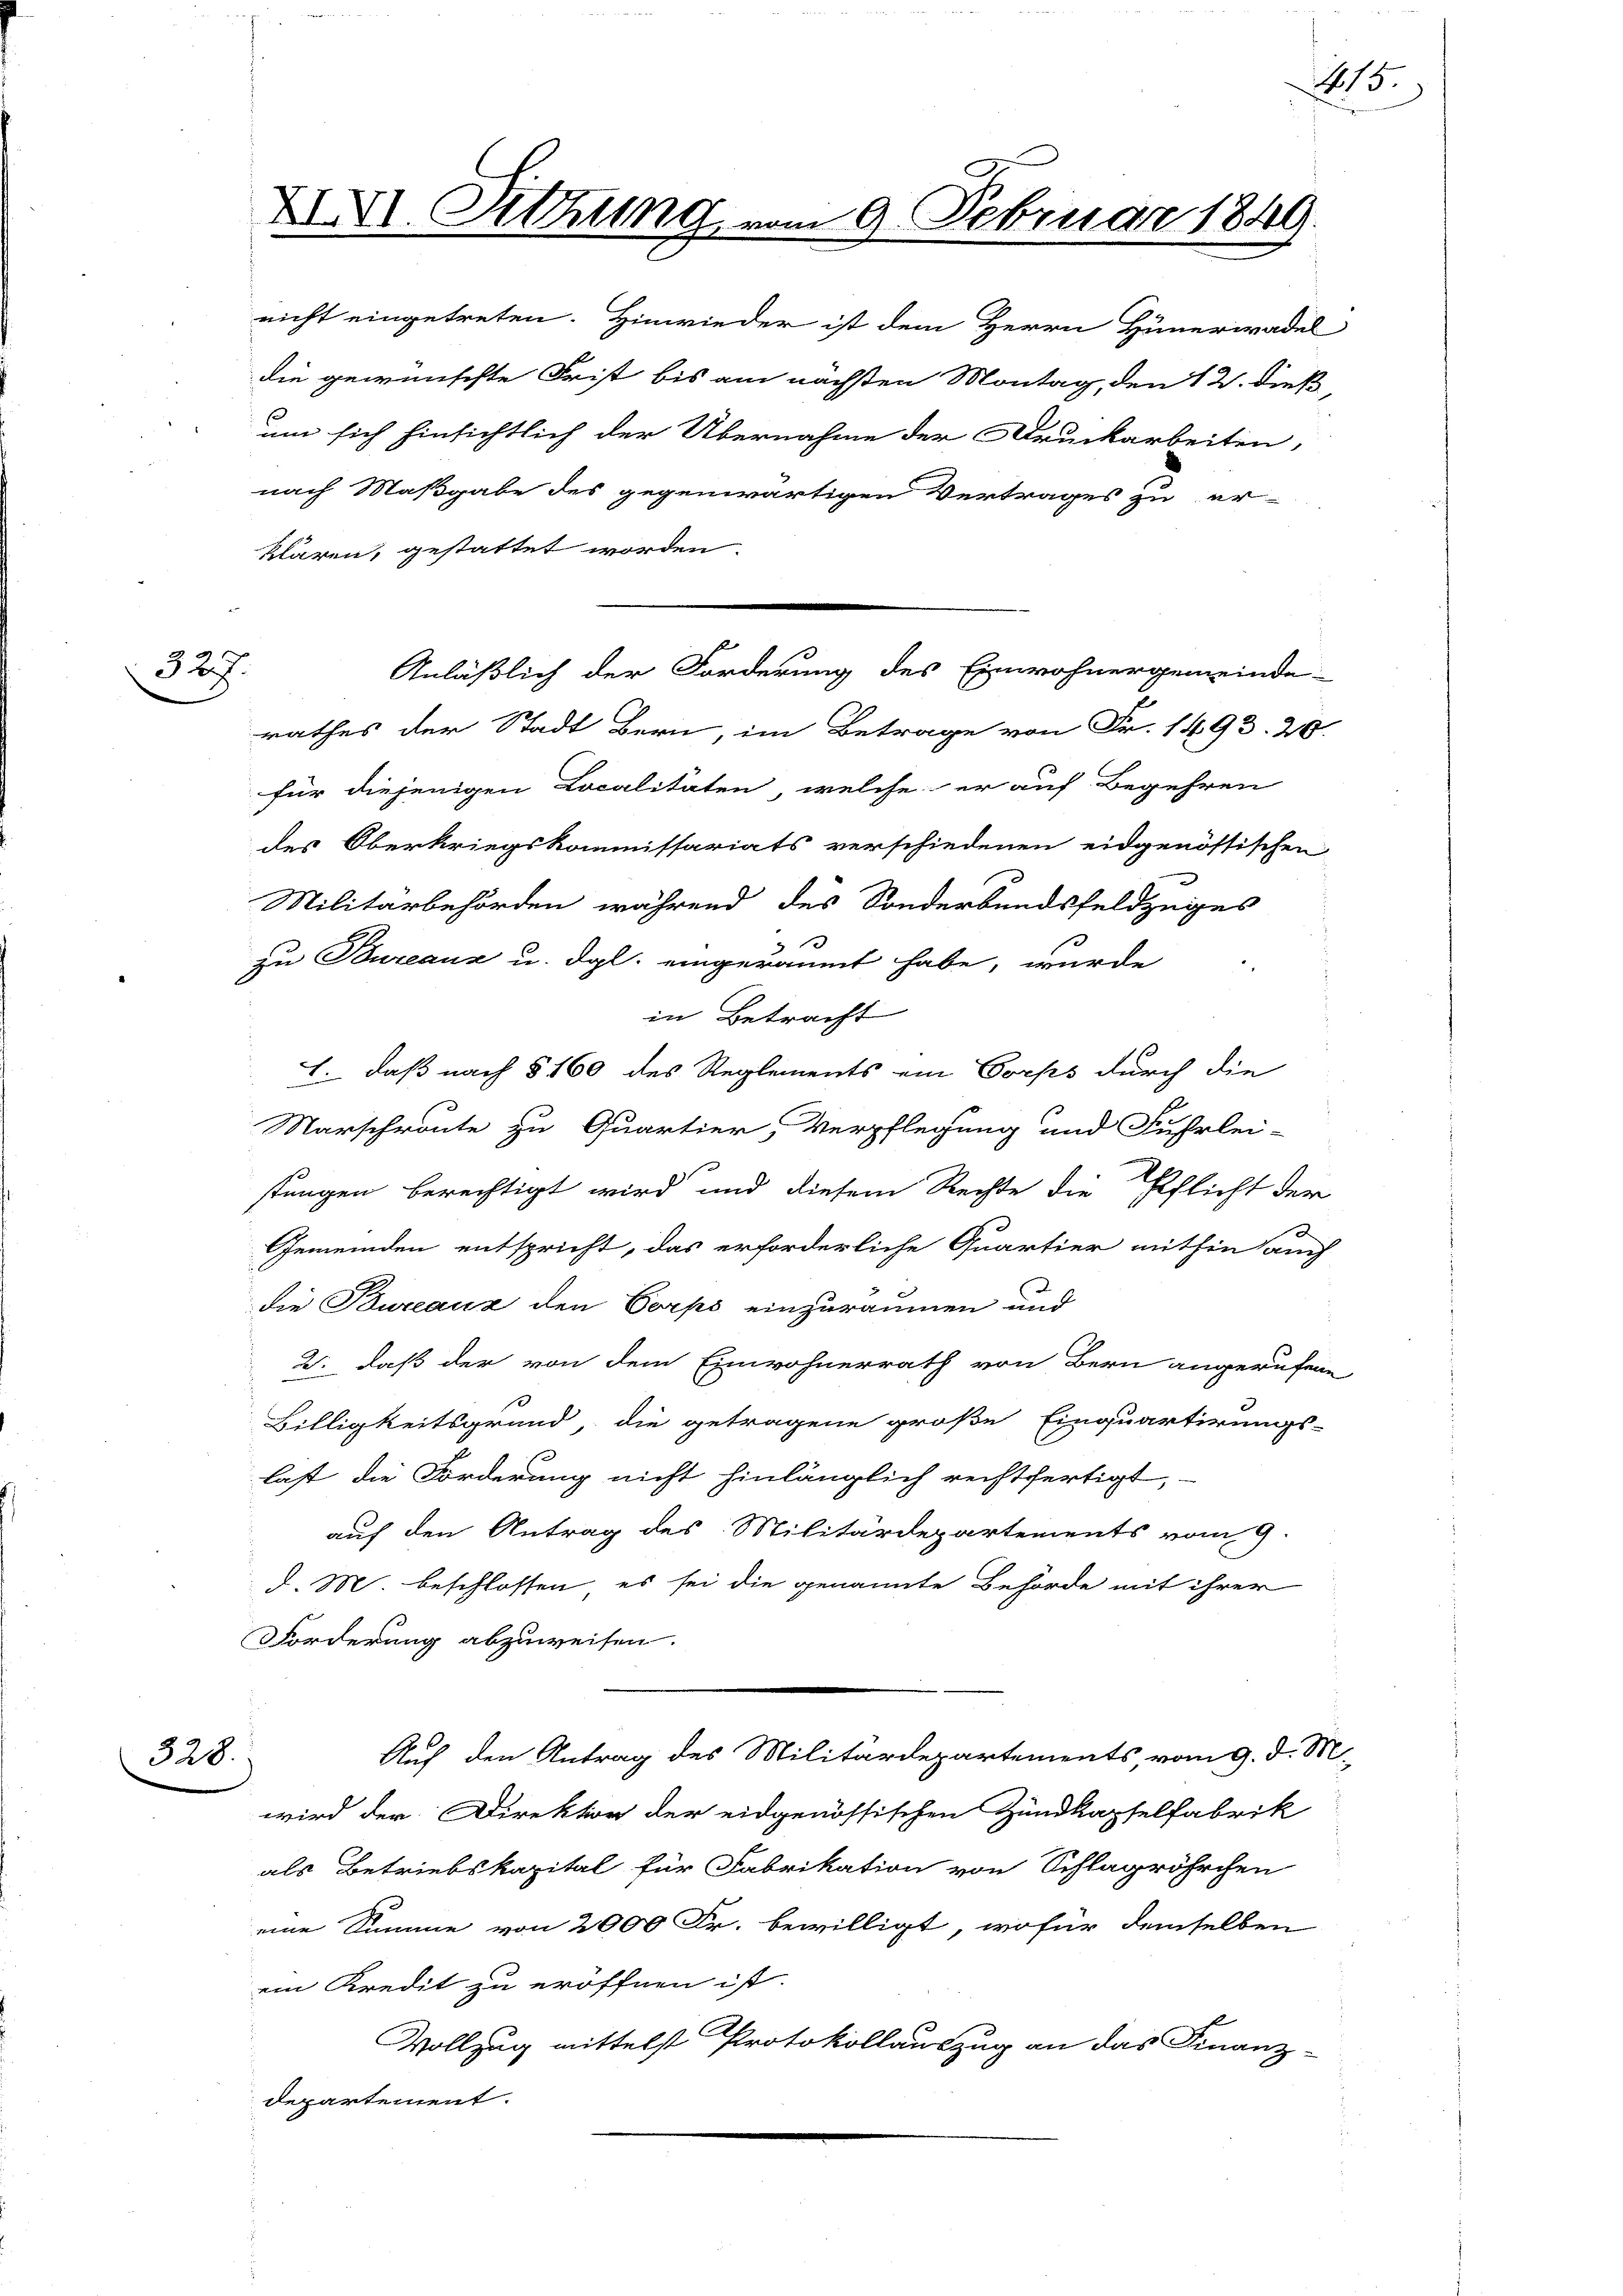
2
 b.

328.

nicht eingetreten. Hinwieder ist dem Herrn Hünerwadel
die gewünschte Frist bis am nächsten Montag, den 12. dieß
um sich hinsichtlich der Übernahme der Druckarbeiten,
nach Maßgabe des gegenwärtigen Vertrages zu er-
klären, gestattet worden.
rathes der Stadt Bern, im Betrage von Fr. 1493. 20.
für diejenigen Localitäten, welche er auf Begehren
des Oberkriegskommissariats verschiedenen eidgenössischen
Militärbehörden während des Sonderbundsfeldzuges
zu Bureaux u. dgl. eingeräumt habe, wurde
in Betracht
1. daß nach § 160 des Reglements ein Corps durch die
Marschroute zu Quartier, Verpflegung und Fuhrlei-
stungen berechtigt wird und diesem Rechte die Pflicht der
Gemeinden entspricht, das erforderliche Quartier mithin auch
die Bureaux den Corps einzuräumen und
2: daß der von dem Einwohnerrath von Bern angerufene
0
Billigkeitsgrund, die getragene große Einquartirungs-
last die Forderung nicht hinlänglich rechtfertigt,
auf den Antrag des Militärdepartements vom 9.
d. M. beschlossen, es sei die genannte Behörde mit ihrer
Forderung abzuweisen.
Auf den Antrag des Militärdepartements, vom 9. d. M.
wird der Direktor der eidgenössischen Zundkapselfabrik
als Betriebskapital für Fabrikation von Schlagröhrchen
eine Summe von 2000 Fr. bewilligt, wofür demselben
ein Kredit zu eröffnen ist.
Vollzug mittelst Protokollauszug an das Finanz-
departement.

XXVI. Sitzung vom 9. Februar

Anläßlich der Forderung des Einwohnergemeinde-

849.

115.